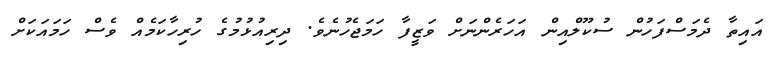
އައިތާ ދެމަސްފަހުން ސުކޫލްއިން އަހަރެންނަށް ވަޒީފާ ހަމަޖެހުނެވެ. ދިރިއުޅުމުގެ ހުރިހާކަމެއް ވެސް ހަމައަކަށް